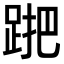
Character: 𨁩